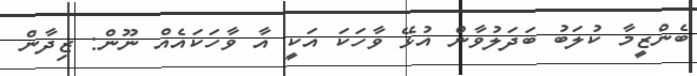
ބެންޒީމާ ކުލަބު ބަދަލުވާން އުޅޭ ވާހަކަ އަކީ އާ ވާހަކައެއް ނޫން: ޒިދާން